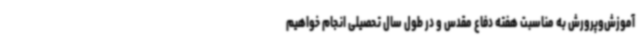
آموزش‌وپرورش به مناسبت هفته دفاع مقدس و در طول سال تحصیلی انجام خواهیم